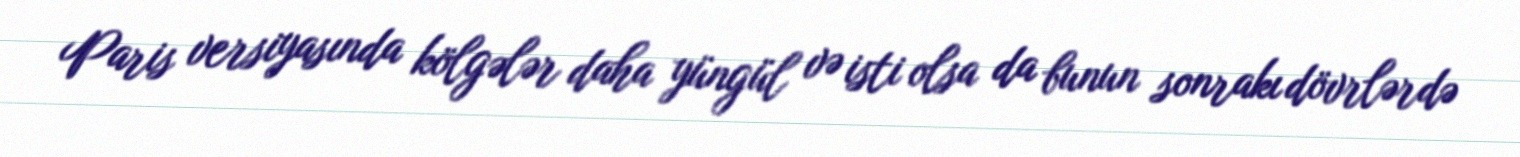
Paris versiyasında kölgələr daha yüngül və isti olsa da bunun sonrakı dövrlərdə